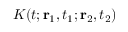
K ( t ; { \bf r } _ { 1 } , t _ { 1 } ; { \bf r } _ { 2 } , t _ { 2 } )